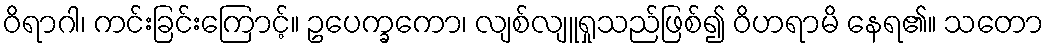
ဝိရာဂါ၊ ကင်းခြင်းကြောင့်။ ဥပေက္ခကော၊ လျစ်လျူရှုသည်ဖြစ်၍ ဝိဟရာမိ နေရ၏။ သတော